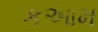
કઆમ